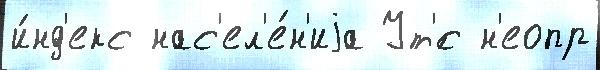
и́нд'екс нас'ел'е́н'иjа Ут'́с н'еопр